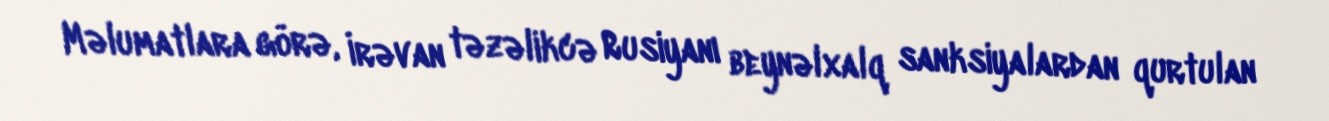
Məlumatlara görə, İrəvan təzəlikcə Rusiyanı beynəlxalq sanksiyalardan qurtulan